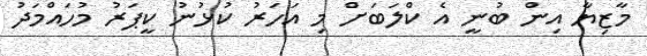
މާޒިޔާ އިން ބުނީ އެ ކްލަބަށް މި އަހަރު ކުޅުނު ކީޕަރު މުހައްމަދު